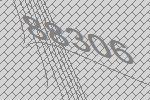
88306